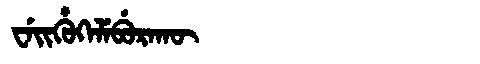
Manchu: ᠸᡝᡳᡥᡠᡴᡝᠯᡝᠪᡠᡵᠠᡴᡡ
Romanization: WEIHUKELEBURAKŪ